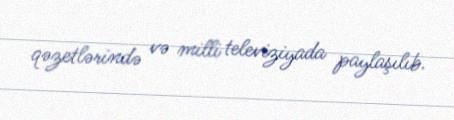
qəzetlərində və milli televiziyada paylaşılıb.